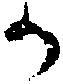
か